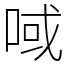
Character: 㖪